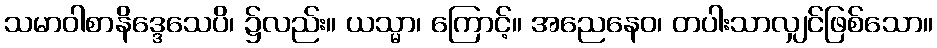
သမာဝါစာနိဒ္ဒေသေပိ၊ ၌လည်း။ ယသ္မာ၊ ကြောင့်။ အညေနေဝ၊ တပါးသာလျှင်ဖြစ်သော။